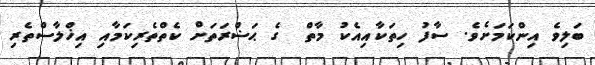
ބަލިވެ އިންކަމަށެވެ. ސާފު ހިތަކާއިއެކު މާތް  ގެ ޙަޟްރަތަށް ކެތްތެރިކަމާއި އިޚްލާސްތެރި